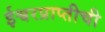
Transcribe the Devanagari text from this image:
ईश्वरप्राप्तीची